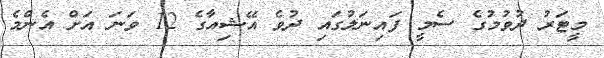
މީޓަރު ދުވުމުގެ ސެމީ ފައިނަލުގައި ދުވެ އޭޝިއާގެ 12 ވަނަ އަށް އެންމެ